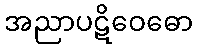
အညာပဋိဝေဓော